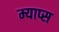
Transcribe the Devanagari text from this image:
म्याप्स